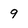
Character: 9